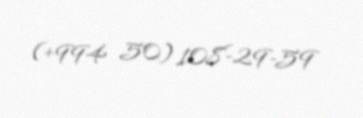
(+994 50) 108-29-59